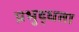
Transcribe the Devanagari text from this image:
प्रभुद्धता